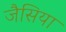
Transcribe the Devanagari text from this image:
जैसिया